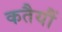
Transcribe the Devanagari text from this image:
कतैयौं